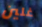
غلين